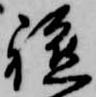
軈